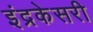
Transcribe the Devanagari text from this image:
इंद्रकेसरी